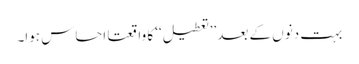
بہت دنوں کے بعد ’’تعطیل‘‘ کا واقعتا احساس ہوا۔